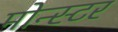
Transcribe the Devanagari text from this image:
मोन्स्टर